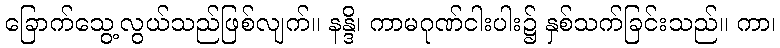
ခြောက်သွေ့လွယ်သည်ဖြစ်လျက်။ နန္ဒိ၊ ကာမဂုဏ်ငါးပါး၌ နှစ်သက်ခြင်းသည်။ ကာ၊